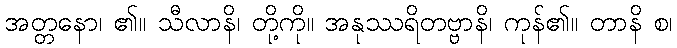
အတ္တနော၊ ၏။ သီလာနိ၊ တို့ကို။ အနုဿရိတဗ္ဗာနိ၊ ကုန်၏။ တာနိ စ၊